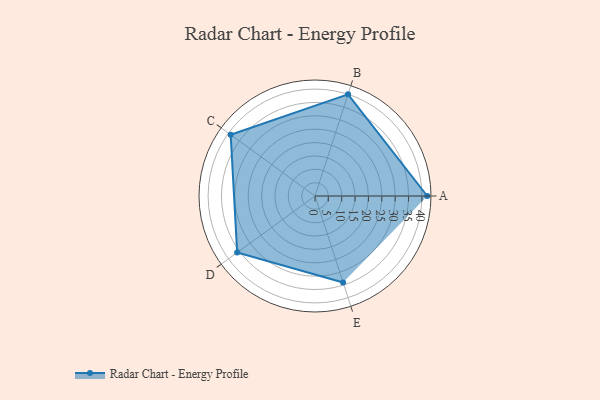
{"axis": {"x": "Skill", "y": "Score"}, "legend": ["Profile"], "data": [{"x": "A", "y": 42.0, "type": "Profile"}, {"x": "B", "y": 40.0, "type": "Profile"}, {"x": "C", "y": 39.0, "type": "Profile"}, {"x": "D", "y": 36.0, "type": "Profile"}, {"x": "E", "y": 34.0, "type": "Profile"}]}